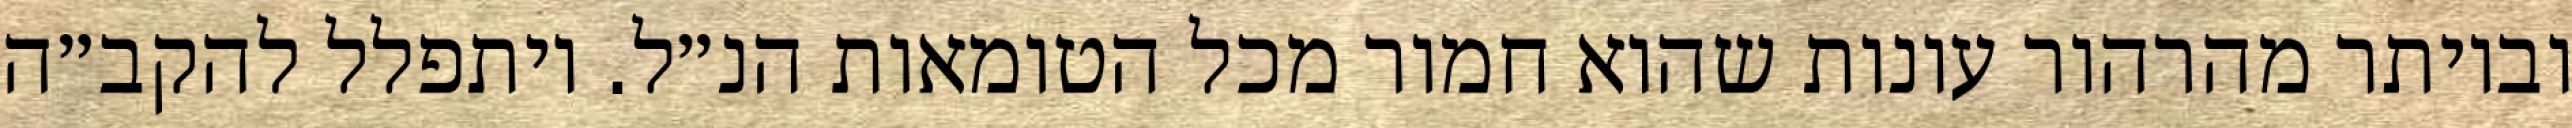
וביותר מהרהור עונות שהוא חמור מכל הטומאות הנ״ל. ויתפלל להקב״ה